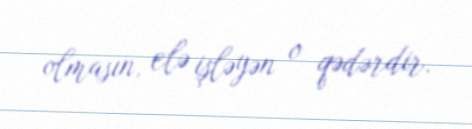
olmasın, elə işləyən o qədərdir.